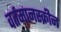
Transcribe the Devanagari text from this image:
वर्तमानस्क्रीन